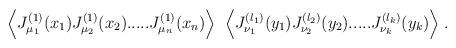
LaTeX: \begin{align*}\Big\langle J^{(1)}_{\mu_1}(x_1) J^{(1)}_{\mu_2}(x_2) .....J^{(1)}_{\mu_n}(x_n) \Big\rangle \;\;\Big\langle J^{(l_1)}_{\nu_1}(y_1)J^{(l_2)}_{\nu_2}(y_2) ..... J^{(l_k)}_{\nu_k}(y_k) \Big\rangle \; .\end{align*}